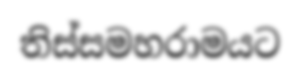
තිස්සමහරාමයට